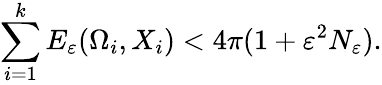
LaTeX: \sum_{i=1}^{k}E_{\varepsilon}(\Omega_{i},X_{i})<4\pi(1+\varepsilon^{2}N_{\varepsilon}).